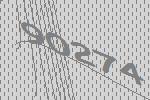
90274